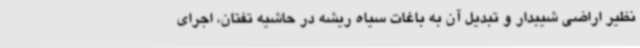
نظیر اراضی شیبدار و تبدیل آن به باغات سیاه ریشه در حاشیه تفتان، اجرای